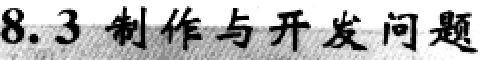
8.3 制作与开发问题